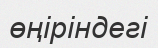
өңіріндегі